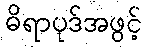
ဓိရာပုဒ်အဖွင့်